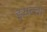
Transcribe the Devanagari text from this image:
इयत्त्ता